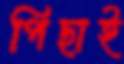
পিছাই